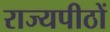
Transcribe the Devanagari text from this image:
राज्यपीठों